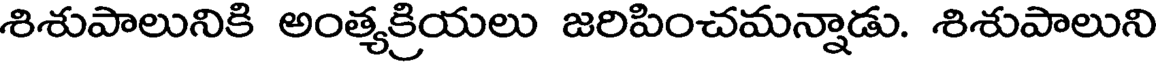
శిశుపాలునికి అంత్యక్రియలు జరిపించమన్నాడు. శిశుపాలుని